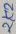
Text: 2K2